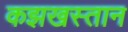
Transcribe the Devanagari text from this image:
कझखस्तान